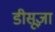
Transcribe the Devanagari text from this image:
डीसूज़ा